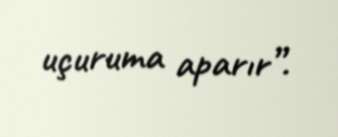
uçuruma aparır”.